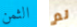
الثمن لم